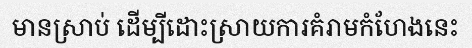
មានស្រាប់ ដើម្បីដោះស្រាយការគំរាមកំហែងនេះ